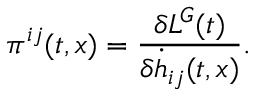
{ } { \pi } ^ { i j } ( t , x ) = \frac { \delta L ^ { G } ( t ) } { \delta { \dot { h } } _ { i j } ( t , x ) } .